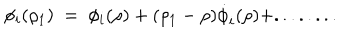
\phi _ { i } ( \rho _ { 1 } ) ~ = ~ \phi _ { i } ( \rho ) + ( \rho _ { 1 } - \rho ) \dot { \phi } _ { i } ( \rho ) + . . . . . . . .